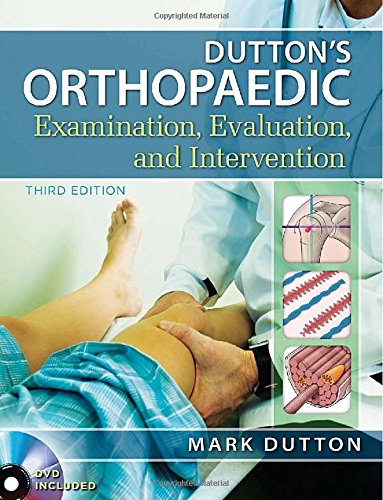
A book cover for Dutton's Orthopaedic Examination Evaluation and Intervention, Third Edition; Mark Dutton; Medical Books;